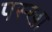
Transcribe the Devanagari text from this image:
पस्खा